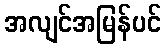
အလျင်အမြန်ပင်